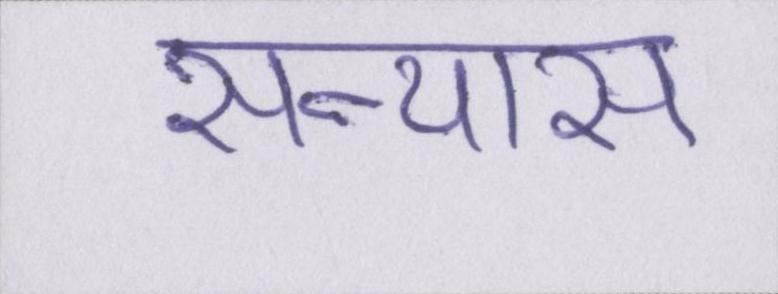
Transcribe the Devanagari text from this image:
सन्यास